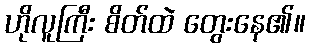
ဟိုလူကြီး စိတ်ထဲ တွေးနေ၏။